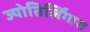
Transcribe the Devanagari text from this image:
ज्योतिर्लिंगास